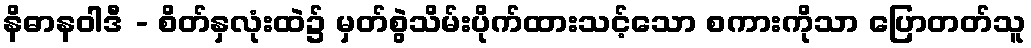
နိဓာနဝါဒီ - စိတ်နှလုံးထဲ၌ မှတ်စွဲသိမ်းပိုက်ထားသင့်သော စကားကိုသာ ပြောတတ်သူ